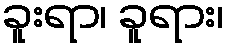
ခူးရာ၊ ခူရား၊